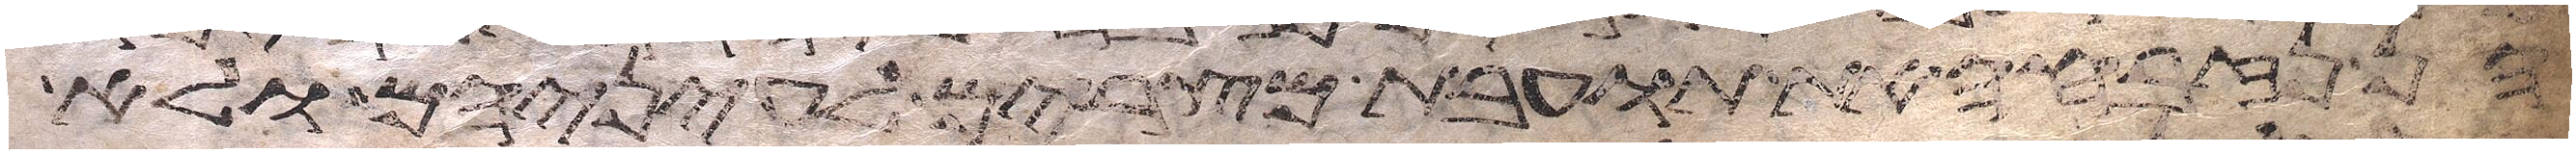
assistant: הן נזבח את תועבת מצרים לעיניהם ולא